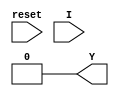
`timescale 1ns/1ns
module Gray_code_counter(input reset,input I,output reg Y);

parameter S0 = 3'b000,S1 = 3'b001,S2 = 3'b011,S3 = 3'b010;
parameter S4 = 3'b110,S5 = 3'b111,S6 = 3'b101,S7 = 3'b100;

reg [7:0] state ;

//----------reset---------
always @ (reset)
begin
  state <= #1 S0;
  Y <= 0;
end

//-----------state Change----------
always @ (posedge I)
begin : State_change
  case(state)
  S0 : state <= #1 S1;
  
  S1 : state <= #1 S2;

  S2 : state <= #1 S3;

  S3 : state <= #1 S4;

  S4 : state <= #1 S5;

  S5 : state <= #1 S6;

  S6 : state <= #1 S7;

  S7 : state <= #1 S0;

  default : state <= #1 S0;
  endcase
end

//--------Output-------------
always @ (posedge I)
begin : Output
  if (state == S7) begin
  Y <= 1;
  end else begin
  Y <= 0;
  end
end

endmodule